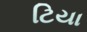
ટિયા